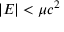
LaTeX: | E | < \mu c ^ { 2 }